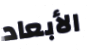
الأبعاد